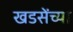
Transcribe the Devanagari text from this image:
खडसेंच्या